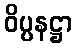
ဝိပ္ပနဋ္ဌာ